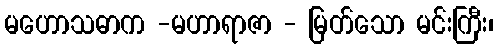
မဟောသဓာက -မဟာရာဇာ - မြတ်သော မင်းကြီး၊